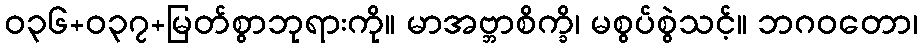
ဝ၃၆+၀၃၇+မြတ်စွာဘုရားကို။ မာအဗ္ဘာစိက္ခိ၊ မစွပ်စွဲသင့်။ ဘဂဝတော၊